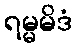
ရမ္မမိဒံ